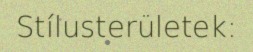
Stílusterületek: